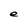
Character: e